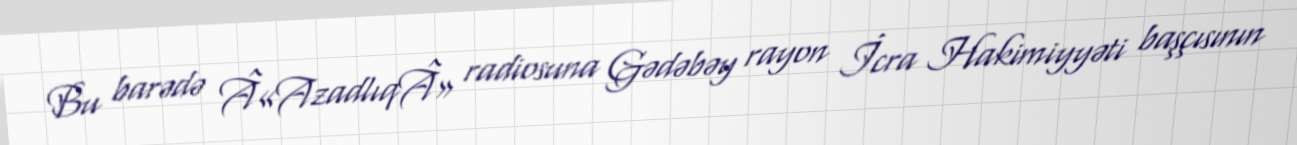
Bu barədə Â«AzadlıqÂ» radiosuna Gədəbəy rayon İcra Hakimiyyəti başçısının